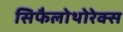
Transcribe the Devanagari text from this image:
सिफैलोथोरेक्स